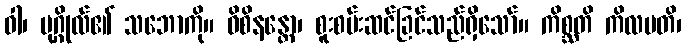
ဝါ၊ ပုဂ္ဂိုလ်၏ သဘောကို။ ဝိစိနန္တော၊ စူးစမ်းဆင်ခြင်သည်ရှိသော်။ ကိစ္ဆတိ ကိလမတိ၊